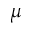
\mu